Report on sanitation, dispensaries, and jails in Rajputana for 1920, and on vaccination for the year 1920-1921 - 1920-1921
Year: 1920
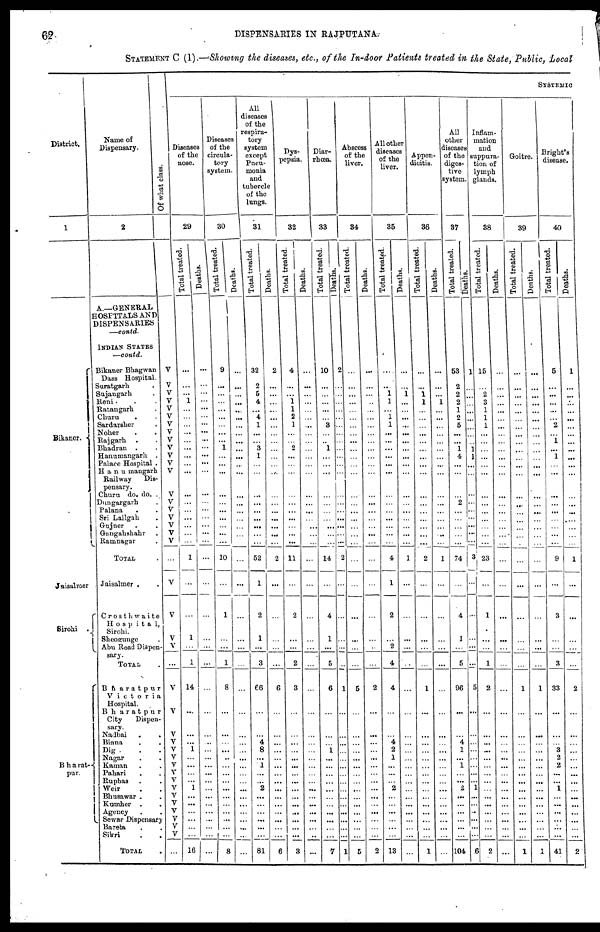
62.
DISPENSARIES IN RAJPUTANA.
STATEMENT C (1).—Showing the diseases, etc., of the In-door Patients treated in the State, Public, Local
District.
1
Bikaner.
Jaisalmer
Sirohi .
Bharat¬
pur.
Name of
Dispensary.
2
SYSTEMIC
Of what class.
A.—GENERAL
HOSPITALS AND
DISPENSARIES
—contd.
INDIAN STATES
—contd.
Bikaner Bhagwan
Dass Hospital.
Suratgarh .
Sujangarh .
Reni . . .
Ratangarh .
Churu .
Sardarsher .
Noher . .
Rajgarh . .
Bhadran . .
Hanumangarh .
Palace Hospital .
Hanumangarh
Railway
Dis-
pensary.
Churu do. do. .
Dungargarh .
Palana . .
Sri Lallgah .
Gujner . .
Gangahshahr .
Ramnagar .
TOTAL .
Jaisalmer . .
Crosthwaite
Hospita1,
Sirohi.
Sheogunge .
Abu Road Diapen¬
sary.
TOTAL .
Bharatpur
Victoria
Hospital.
Bharatpur
City
Dispen-
sary.
Nadbai
.
.
Biana . .
Dig . . .
Nagar . .
Kaman . .
Pahari . .
Rupbas . .
Weir . .
Bhusawar . .
Kumher . .
Agency . .
Sewar Dispensary
Bareta . .
Sikri . .
TOTAL .
V
V
V
V
V
V
V
V
V
V
V
V
V
V
V
V
V
V
V
V
V
V
V
V
...
V
V
V
V
V
V
V
V
V
V
V
V
V
V
V
V
...
Diseases
of the
nose.
29
Total treated.
...
...
...
1
...
...
...
...
...
...
...
...
...
...
...
...
...
...
...
...
1
...
...
1
...
1
14
...
...
...
1
...
...
...
...
1
...
...
...
...
...
...
16
Deaths.
...
...
...
...
...
...
...
...
...
...
...
...
...
...
...
...
...
...
...
...
...
...
...
...
...
...
...
...
...
...
...
...
...
...
...
...
...
...
...
...
...
...
...
Diseases
of the
circula¬
tory
system.
30
Total treated.
9
...
...
...
...
...
...
...
...
1
...
...
...
...
...
...
...
...
...
...
10
...
1
...
...
1
8
...
...
...
...
...
...
...
...
...
...
...
...
...
...
...
8
Deaths.
...
...
...
...
...
...
...
...
...
...
...
...
...
...
...
...
...
...
...
...
...
...
...
...
...
...
...
...
...
...
...
...
...
...
...
...
...
...
...
...
...
...
...
All
diseases
of the
respira¬
tory
system
except
Pneu-
monia
and
tubercle
of the
lungs.
31
Total treated.
32
2
5
4
...
4
1
...
...
3
1
...
...
...
...
...
...
...
...
...
52
1
2
1
...
3
66
...
...
4
8
...
1
...
...
2
...
...
...
...
...
...
81
Deaths.
2
...
...
...
...
...
...
...
...
...
...
...
...
...
...
...
...
...
...
...
2
...
...
...
...
...
6
...
...
...
...
...
...
...
...
...
...
...
...
...
...
...
6
Dys-
pepsia.
32
Total treated.
4
...
...
1
1
2
1
...
...
2
...
...
...
...
...
...
...
...
...
...
11
...
2
...
...
2
3
...
...
...
...
...
...
...
...
...
...
...
...
...
...
...
3
Deaths.
...
...
...
...
...
...
...
...
...
...
...
...
...
...
...
...
...
...
...
...
...
...
...
...
...
...
...
...
...
...
...
...
...
...
...
...
...
...
...
...
...
...
Diar-
rhœa.
33
Total treated.
10
...
...
...
...
...
3
...
...
1
...
...
...
...
...
...
...
...
...
...
14
...
4
1
...
5
6
...
...
...
1
...
...
...
...
...
...
...
...
...
...
...
7
Deaths.
2
...
...
...
...
...
...
...
...
...
...
...
...
...
...
...
...
...
...
...
2
...
...
...
...
...
1
...
...
...
...
...
...
...
...
...
...
...
...
...
...
...
1
Abscess
of the
liver.
34
Total treated.
...
...
...
...
...
...
...
...
...
...
...
...
...
...
...
...
...
...
...
...
...
...
...
...
...
5
...
...
...
...
...
...
...
...
...
...
...
...
...
...
...
5
Deaths.
...
...
...
...
...
...
...
...
...
...
...
...
...
...
...
...
...
...
...
...
...
...
...
...
...
...
2
...
...
...
...
...
...
...
...
...
...
...
...
...
...
...
2
All other
diseases
of the
liver.
35
Total treated.
....
...
1
1
...
1
1
...
...
...
...
...
...
...
...
...
...
...
...
...
4
1
2
...
2
4
4
...
... 4
2
1
...
...
...
2
...
...
...
... ...
...
13
Deaths.
...
...
1
...
...
...
...
...
...
...
...
...
...
...
...
...
...
...
...
...
1
...
...
...
...
...
...
...
...
...
...
...
...
...
...
...
...
...
...
...
...
...
...
Appen-
dicitis.
36
Total treated.
...
...
1
1
...
...
...
...
...
...
...
...
...
...
...
...
...
...
...
...
2
...
...
...
...
...
1
...
...
...
...
...
...
...
...
...
...
...
...
...
...
...
1
Deaths.
...
...
...
1
...
...
...
...
...
...
...
...
...
...
...
...
...
...
...
...
1
...
...
...
...
...
...
...
...
...
...
...
...
...
...
...
...
...
...
...
...
...
...
All
other
iseases
of the
diges-
tive
system.
37
Total treated.
53
2
2
2
1
2
5
...
...
1
4
...
...
...
2
...
...
...
...
...
74
...
4
1
...
5
96
...
... 4
1
...
1
...
...
2
...
...
...
... ...
...
104
Deaths.
1
...
...
...
...
...
...
...
...
1
1
...
...
...
...
...
...
...
...
...
3
...
...
...
...
...
5
...
...
...
...
...
...
...
...
1
...
...
...
...
...
...
6
Inflam-
mation
and
suppura¬
tion of
lymph
glands.
38
Total treated.
15
...
2
3
1
1
1
...
...
...
...
...
...
...
...
...
...
...
...
...
23
...
1
...
...
1
2
...
...
...
...
...
...
...
...
...
...
...
...
...
...
...
2
Deaths.
...
...
...
...
...
...
...
...
...
...
...
...
...
...
...
...
...
...
...
...
...
...
...
...
...
...
...
...
...
...
...
...
...
...
...
...
...
...
...
...
...
...
Goitre.
39
Total treated.
...
...
...
...
...
...
...
...
...
...
...
...
...
...
...
...
...
...
...
...
...
...
...
...
...
...
1
...
...
...
...
...
...
...
...
...
...
...
...
...
...
...
1
Deaths.
...
...
...
...
...
...
...
...
...
...
...
...
...
...
...
...
...
...
...
...
...
...
...
...
...
...
1
...
...
...
...
...
...
...
...
...
...
...
...
...
...
...
1
Bright's
disease.
40
Total treated.
5
...
...
...
...
...
2
...
1
...
1
...
...
...
...
...
...
...
...
...
9
...
3
...
...
3
33
...
...
...
3
2
2
...
...
1
...
...
...
...
...
...
41
Deaths.
1
...
...
...
...
...
...
...
...
...
...
...
...
...
...
...
...
...
...
...
1
...
...
...
...
...
2
...
...
...
...
...
...
...
...
...
...
...
...
...
...
...
2